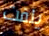
يلفت